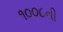
૧૦૦૮ની